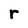
Character: r